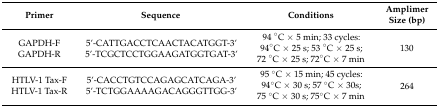
<table><thead><tr><td><b>Primer</b></td><td><b>Sequence</b></td><td><b>Conditions</b></td><td><b>Amplimer Size (bp)</b></td></tr></thead><tbody><tr><td>GAPDH-F</td><td>5‘-CATTGACCTCAACTACATGGT-3‘</td><td rowspan="2">94 °C × 5 min; 33 cycles: 94°C × 25 s; 53 °C × 25 s; 72 °C × 25 s; 72°C × 7 min</td><td rowspan="2">130</td></tr><tr><td>GAPDH-R</td><td>5’-TCGCTCCTGGAAGATGGTGAT-3’</td></tr><tr><td>HTLV-1 Tax-F</td><td>5’-CACCTGTCCAGAGCATCAGA-3’</td><td rowspan="2">95 °C × 15 min; 45 cycles: 94°C × 30 s; 57 °C × 30s; 75 °C × 30 s; 75°C × 7 min</td><td rowspan="2">264</td></tr><tr><td>HTLV-1 Tax-R</td><td>5’-TCTGGAAAAGACAGGGTTGG-3’</td></tr></tbody></table>